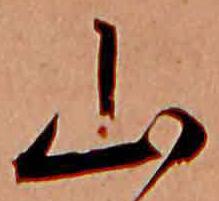
山